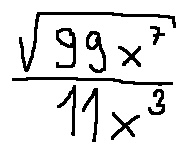
\frac { \sqrt { 9 9 x ^ { 7 } } } { 1 1 x ^ { 3 } }